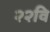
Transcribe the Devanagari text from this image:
२२वि